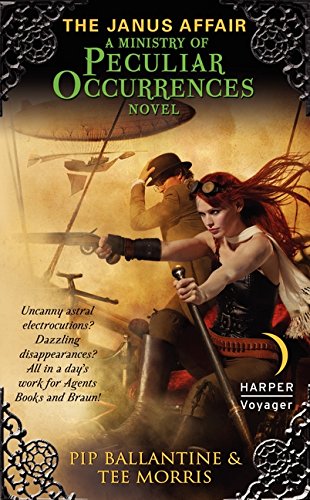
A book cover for The Janus Affair (Ministry of Peculiar Occurrences Series); Pip Ballantine; Science Fiction & Fantasy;